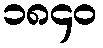
၁၈၄၀